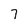
Character: 7